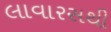
લાવારસથી